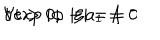
t \exp i \phi - a _ { 1 } \neq 0 \hspace { 7 m m } \forall t > 0 , \, \, | \xi | = 1 \, \, .